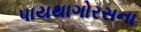
પાયથાગોરસના